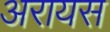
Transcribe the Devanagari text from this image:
अरायस